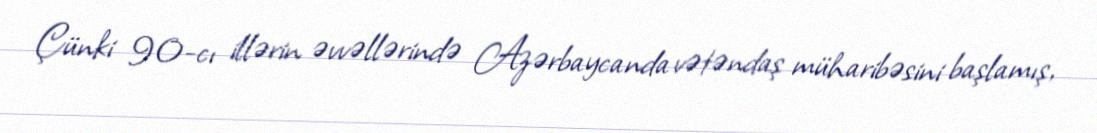
Çünki 90-cı illərin əvvəllərində Azərbaycanda vətəndaş müharibəsini başlamış,